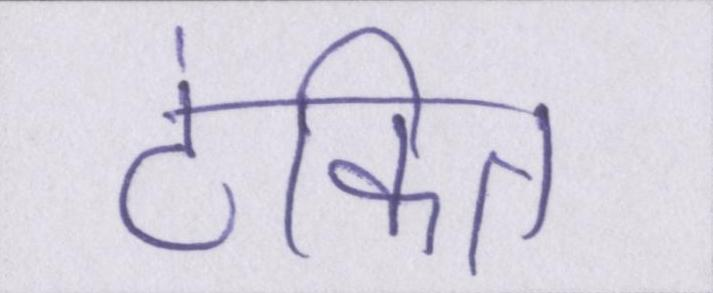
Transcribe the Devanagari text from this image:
टंकित